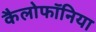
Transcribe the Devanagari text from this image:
कैलोफॉनिया